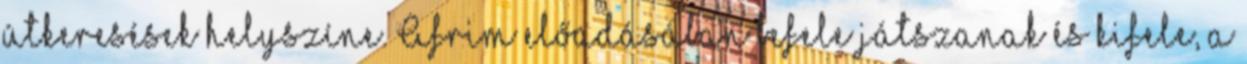
útkeresések helyszíne. Afrim előadásában befele játszanak és kifele, a